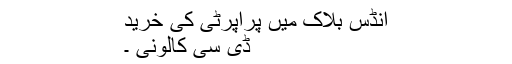
انڈس بلاک میں پراپرٹی کی خرید
ڈی سی کالونی ۔